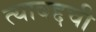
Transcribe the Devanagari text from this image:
त्याबद्दची